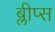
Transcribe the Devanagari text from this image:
ब्लीप्स